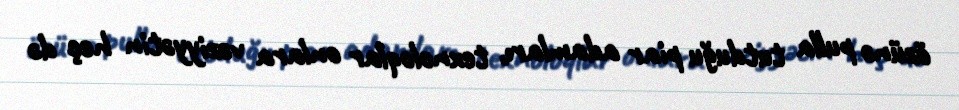
özünə pulla tutduğu piar adamları, texnoloqlar onlara vəziyyətin heç də